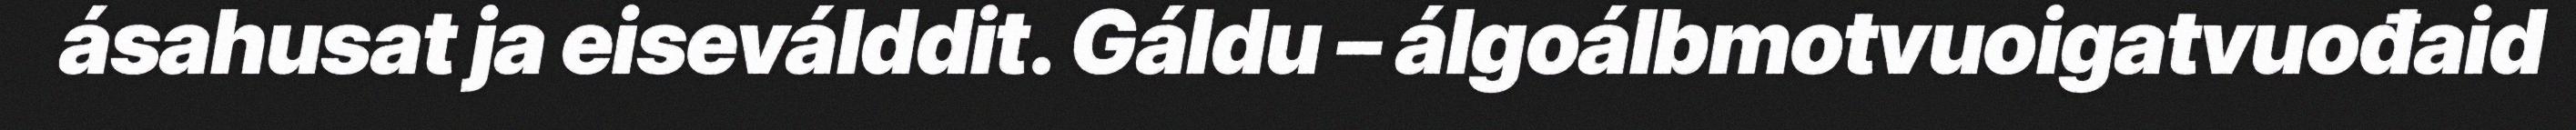
ásahusat ja eiseválddit. Gáldu – álgoálbmotvuoigatvuođaid